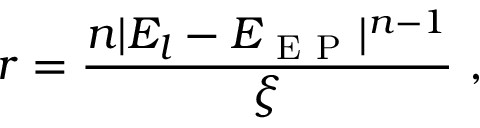
r = \frac { n | E _ { l } - E _ { \mathrm { ~ E ~ P ~ } } | ^ { n - 1 } } { \xi } \ ,